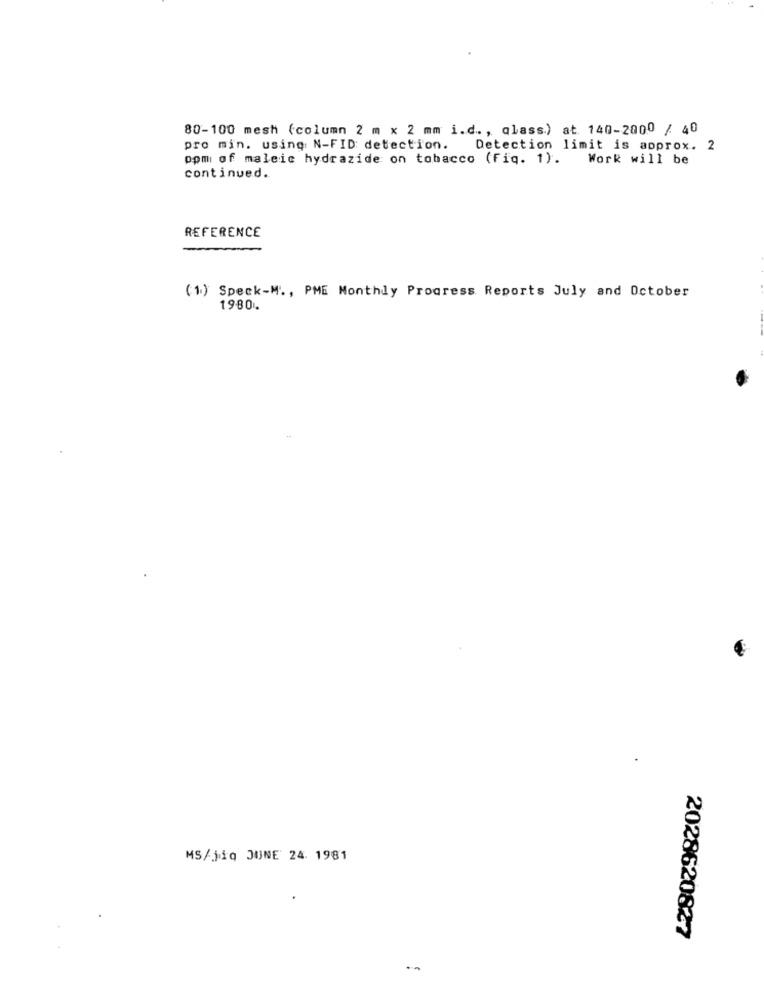
80-100 mesh (column 2 m x 2 mm i.d ., qlass.) at. 140-2000 / 40
pro min. using N-FID: detection.
Detection limit is approx. 2
opm of maleic hydrazide on tobacco (fiq. 1).
Work will be
continued.
REFERENCE
(1) Speck-M ., PME Monthly Progress Reports July and October
1980%
MS/jiq JUNE 24. 1981
2028620827
-